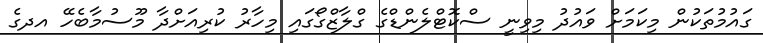
ގައުމުތަކުން މިކަމަށް ވައުދު މިވިނީ ސްކޮޓްލެންޑްގެ ގްލާޒްގޯގައި މިހާރު ކުރިއަށްދާ މޫސުމާބެހޭ އދގެ